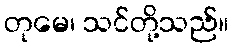
တုမေ၊ သင်တို့သည်။